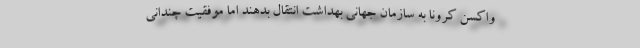
واکسن کرونا به سازمان جهانی بهداشت انتقال بدهند اما موفقیت چندانی